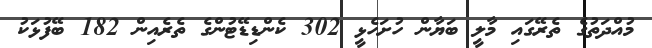
މުއްދަތުގެ ތެރޭގައި މާލީ ބަޔާން ހުށަހެޅީ 302 ކެންޑިޑޭޓުންގެ ތެރެއިން 182 ބޭފުޅަކު